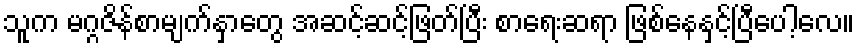
သူက မဂ္ဂဇိန်စာမျက်နှာတွေ အဆင့်ဆင့်ဖြတ်ပြီး စာရေးဆရာ ဖြစ်နေနှင့်ပြီပေါ့လေ။